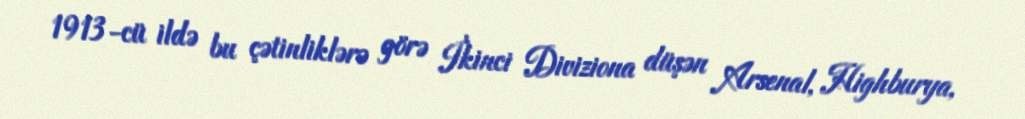
1913-cü ildə bu çətinliklərə görə İkinci Diviziona düşən Arsenal, Highburya,